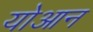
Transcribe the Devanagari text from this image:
योआन